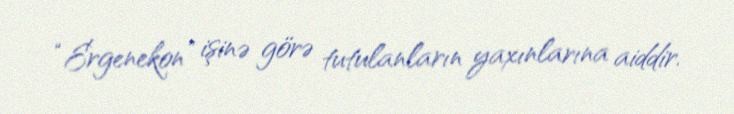
“Ergenekon” işinə görə tutulanların yaxınlarına aiddir.